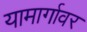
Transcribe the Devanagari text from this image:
यामार्गावर